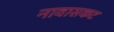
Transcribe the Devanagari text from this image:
नावासकट